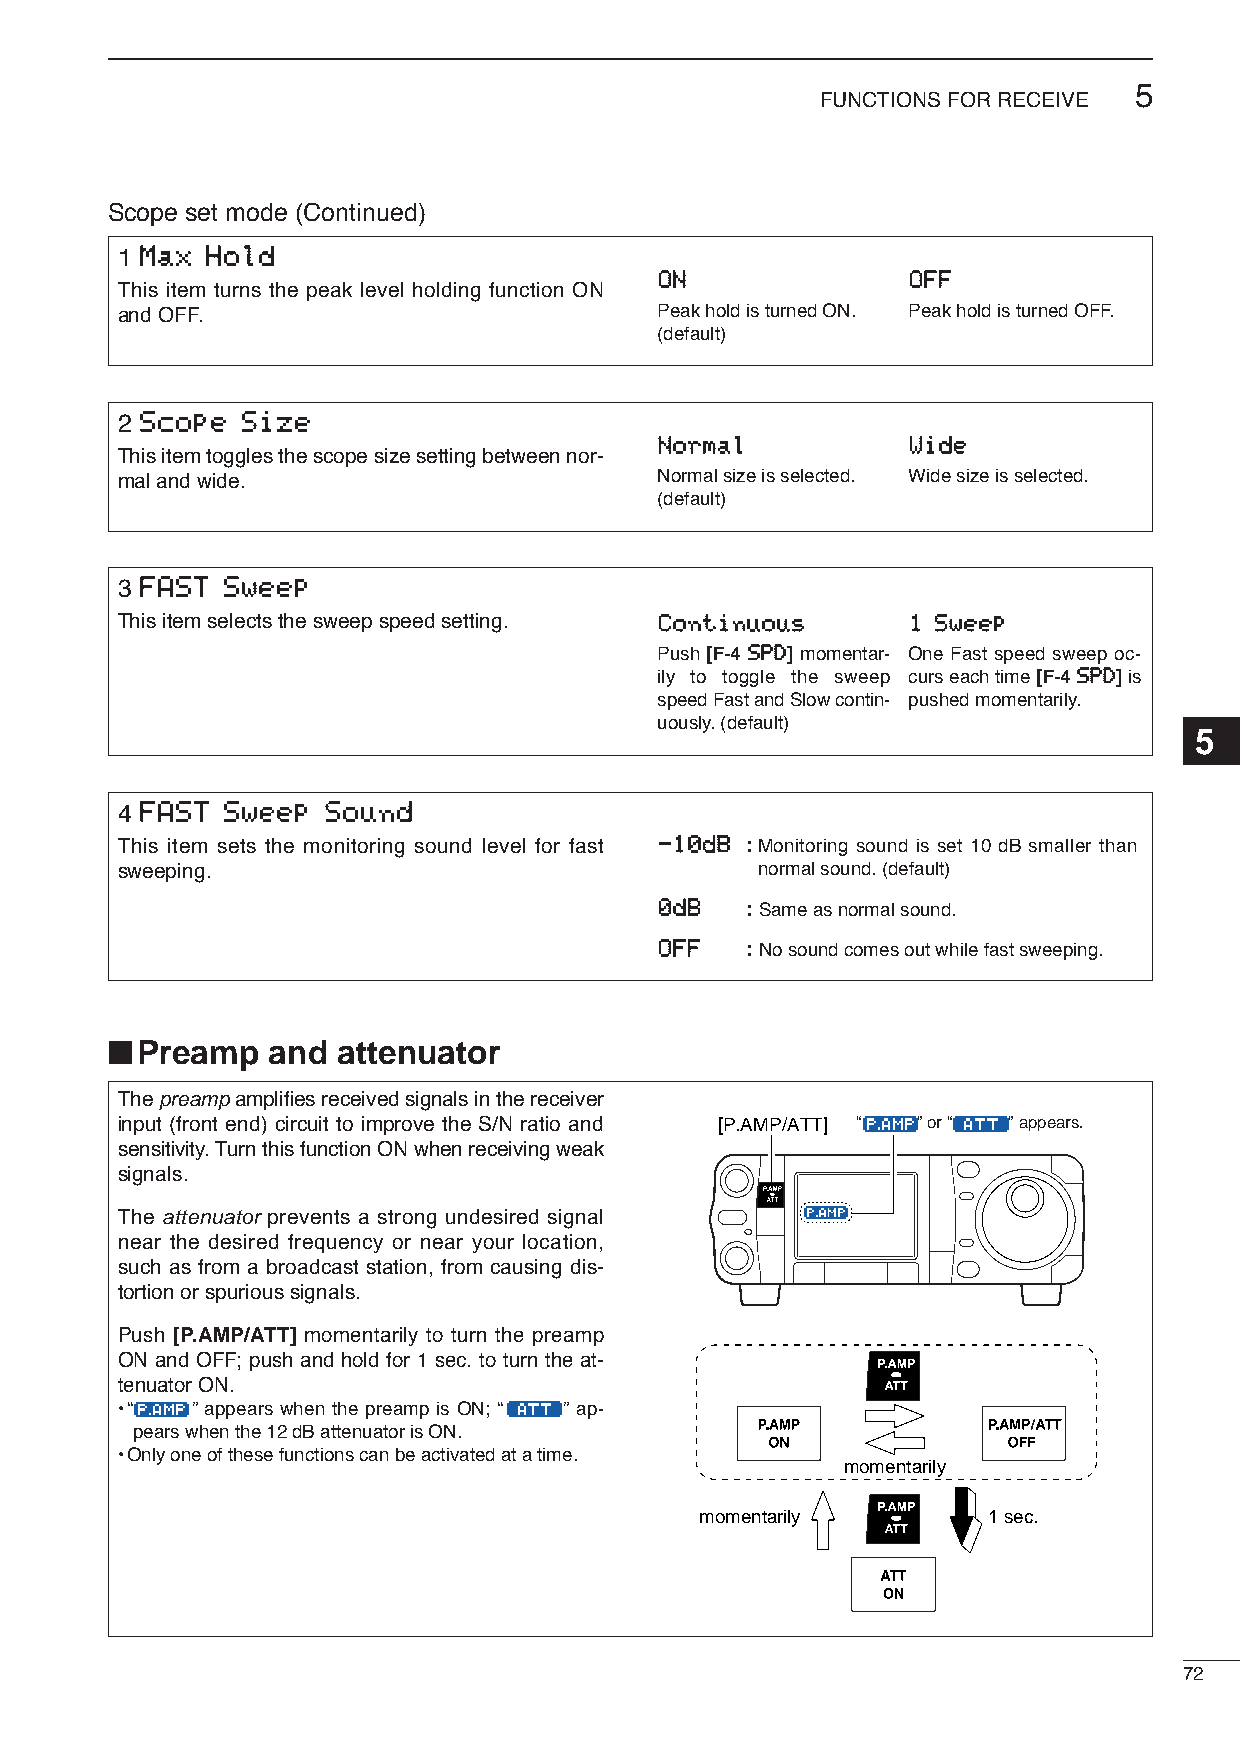
5
 FUNCTIONS FOR RECEIVE
 Scope set mode (Continued)
 1 MMaaxx HHoolldd
 OONN            OOFFFF
 This item turns the peak level holding function ON
 and OFF.                           Peak hold is turned ON. Peak hold is turned OFF.
 (default)
 2 SSccooppee SSiizzee
 NNoorrmmaall    WWiiddee
 This item toggles the scope size setting between nor-
 mal and wide.                      Normal size is selected. Wide size is selected.
 (default)
 3 FFAASSTT SSwweeeepp
 This item selects the sweep speed setting. CCoonnttiinnuuoouuss 11 SSwweeeepp
 Push [F-4 SSPPDD] momentar- One Fast speed sweep oc-
 ily to toggle the sweep curs each time [F-4SSPPDD]is
 speed Fast and Slow contin- pushed momentarily.
 uously. (default)
 5
 4 FFAASSTT SSwweeeepp SSoouunndd
 This item sets the monitoring sound level for fast --1100ddBB :Monitoring sound is set 10 dB smaller than
 sweeping.                                 normal sound. (default)
 00ddBB : Same as normal sound.
 OOFFFF : No sound comes out while fast sweeping.
 ■
 Preamp   and attenuator
 The preampamplifies received signals in the receiver
 input (front end) circuit to improve the S/N ratio and [P.AMP/ATT] “ ” or “ ” appears.
 sensitivity. Turn this function ON when receiving weak
 signals.
 The attenuator prevents a strong undesired signal
 near the desired frequency or near your location,
 such as from a broadcast station, from causing dis-
 tortion or spurious signals.
 Push [P.AMP/ATT] momentarily to turn the preamp
 ON and OFF; push and hold for 1 sec. to turn the at-
 tenuator ON.
 •“   ” appears when the preamp is ON; “ ” ap-
 pears when the 12 dB attenuator is ON.
 •Only one of these functions can be activated at a time.
 momentarily
 momentarily        1 sec.
 72